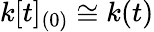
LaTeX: k[t]_{(0)}\cong k(t)